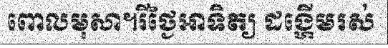
ពោលមុសា។រីថ្ងៃអាទិត្យ ដង្ហើមរស់